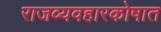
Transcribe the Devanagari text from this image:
राजव्यवहारकोषात